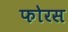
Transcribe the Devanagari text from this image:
फोरस